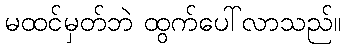
မထင်မှတ်ဘဲ ထွက်ပေါ်လာသည်။